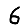
Digit: 6